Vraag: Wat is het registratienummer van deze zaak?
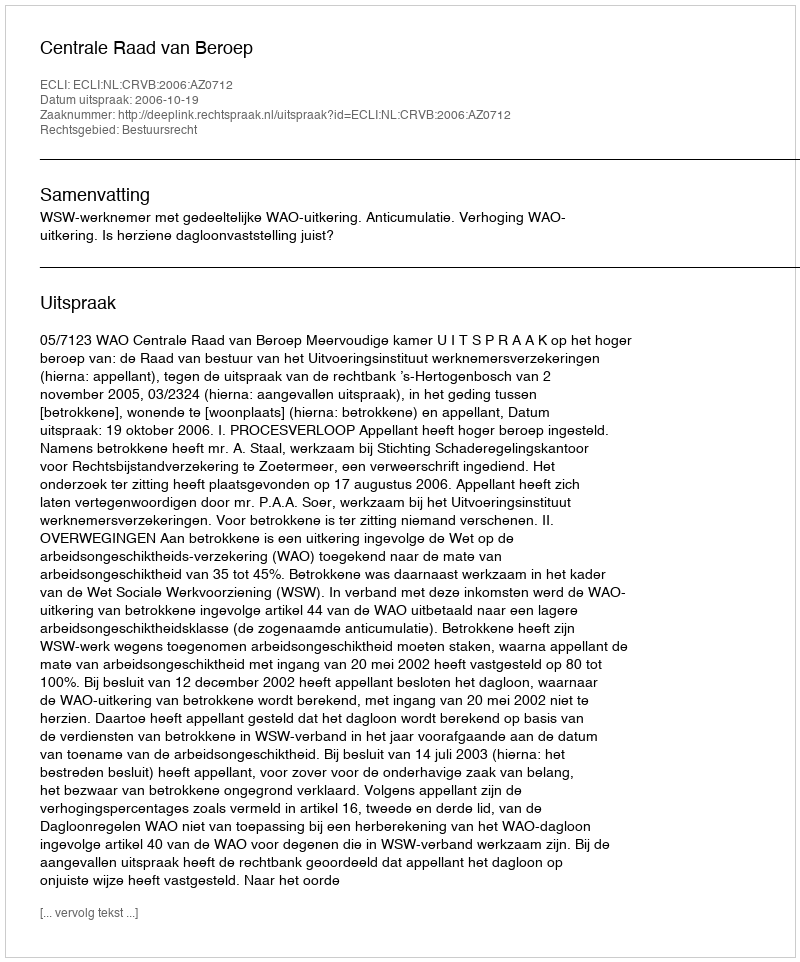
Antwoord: http://deeplink.rechtspraak.nl/uitspraak?id=ECLI:NL:CRVB:2006:AZ0712